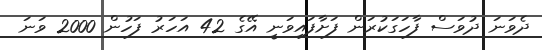
ދެވަނަ ދުވަސް ފާހަގަކުރަން ފަށާފައިވަނީ އޭގެ 42 އަހަރު ފަހުން 2000 ވަނަ